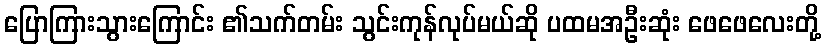
ပြောကြားသွားကြောင်း ၏သက်တမ်း သွင်းကုန်လုပ်မယ်ဆို ပထမအဦးဆုံး ဖေဖေလေးတို့